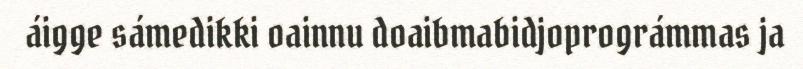
áigge sámedikki oainnu doaibmabidjoprográmmas ja